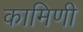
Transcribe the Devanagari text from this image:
कामिणी